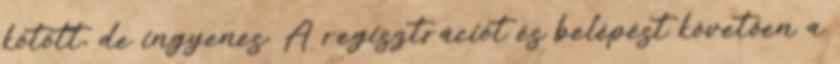
kötött, de ingyenes. A regisztrációt és belépést követően a